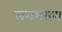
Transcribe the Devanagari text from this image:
लगभसग